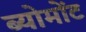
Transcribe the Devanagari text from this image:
ब्योमोंट